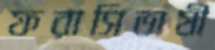
ফরাসিভাষী